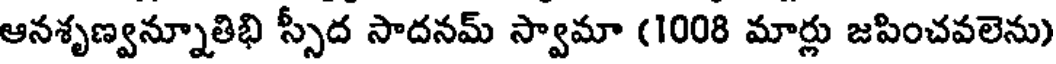
ఆనశృణ్వన్నూతిభి స్సీద సాదనమ్ స్వామా (1008 మార్లు జపించవలెను)